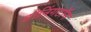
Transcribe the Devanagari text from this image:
डोनिंगटॉन